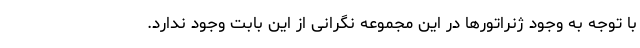
با توجه به وجود ژنراتورها در این مجموعه نگرانی از این بابت وجود ندارد.